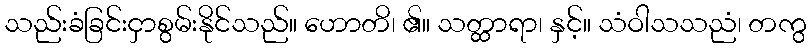
သည်းခံခြင်းငှာစွမ်းနိုင်သည်။ ဟောတိ၊ ၏။ သတ္ထာရာ၊ နှင့်။ သံဝါသသညံ၊ တကွ